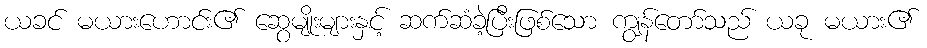
ယခင် မယားဟောင်း၏ ဆွေမျိုးများနှင့် ဆက်ဆံခဲ့ပြီးဖြစ်သော ကျွန်တော်သည် ယခု မယား၏